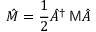
\hat { M } = \frac { 1 } { 2 } \hat { A } ^ { \dagger } \, { \sf M } \hat { A }